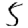
Digit: 5